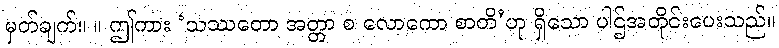
မှတ်ချက်။ ။ ဤကား ‘သဿတော အတ္တာ စ လောကော စာတိ’ဟု ရှိသော ပါဌ်အတိုင်းပေးသည်။